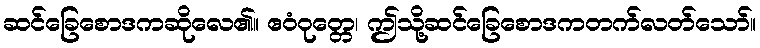
ဆင်ခြေစောဒကဆိုလေ၏။ ဧဝံဝုတ္တေ၊ ဤသို့ဆင်ခြေစောဒကတက်လတ်သော်။